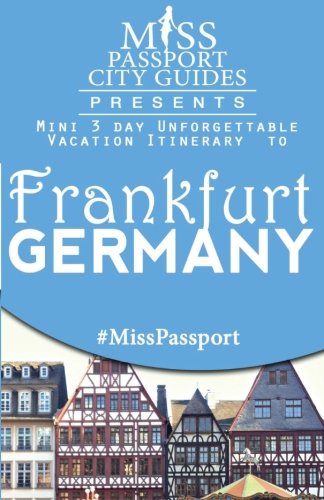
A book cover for Miss Passport City Guides Presents:  Mini 3 day Unforgettable Vacation Itinerary to Frankfurt, Germany (Miss Passport Travel Guides Book); Sharon Bell; Travel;